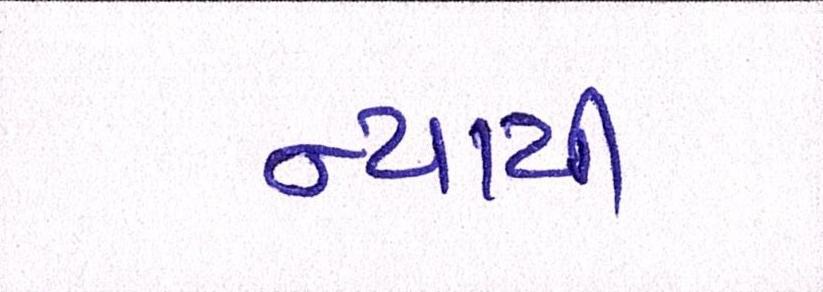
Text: ન્યાયી